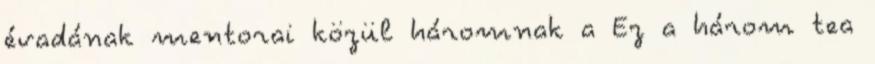
évadának mentorai közül háromnak a Ez a három tea